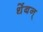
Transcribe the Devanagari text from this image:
थेंबन्